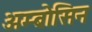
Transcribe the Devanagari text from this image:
अम्ब्रोसिन